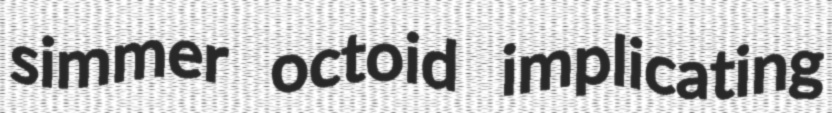
simmer octoid implicating